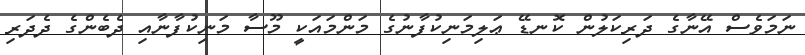
ނަމަވެސް އޭނާގެ ދަރިކަލުން ކޮނޑޭ ޢަލިމަނިކުފާނުގެ މަންމައަކީ މޫސާ މަނިކުފާނާއި ދެބެންގެ ދެދަރި